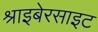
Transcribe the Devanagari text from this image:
श्राइबेरसाइट